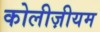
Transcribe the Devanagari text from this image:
कोलीज़ीयम